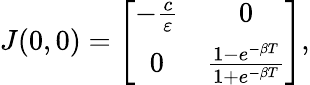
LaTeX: \begin{array}{r}{J(0,0)=\left[{\begin{array}{cc}{-\frac{c}{\varepsilon}}&{0}\\ {0}&{\frac{1-e^{-\beta T}}{1+e^{-\beta T}}}\end{array}}\right],}\end{array}